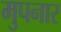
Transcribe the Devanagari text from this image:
मुपनार